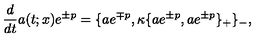
\frac { d } { d t } a ( t ; x ) e ^ { \pm p } = \{ a e ^ { \mp p } , \kappa \{ a e ^ { \pm p } , a e ^ { \pm p } \} _ { + } \} _ { - } ,